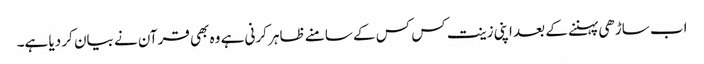
اب ساڑھی پہننے کے بعد اپنی زینت کس کس کے سامنے ظاہر کرنی ہے وہ بھی قرآن نے بیان کر دیا ہے۔